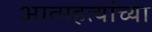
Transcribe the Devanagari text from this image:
आत्महत्यांच्या